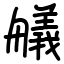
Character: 艤